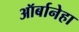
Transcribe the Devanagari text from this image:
ऑर्बानेहा